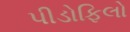
પીડોફિલો